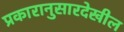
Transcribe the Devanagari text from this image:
प्रकारानुसारदेखील